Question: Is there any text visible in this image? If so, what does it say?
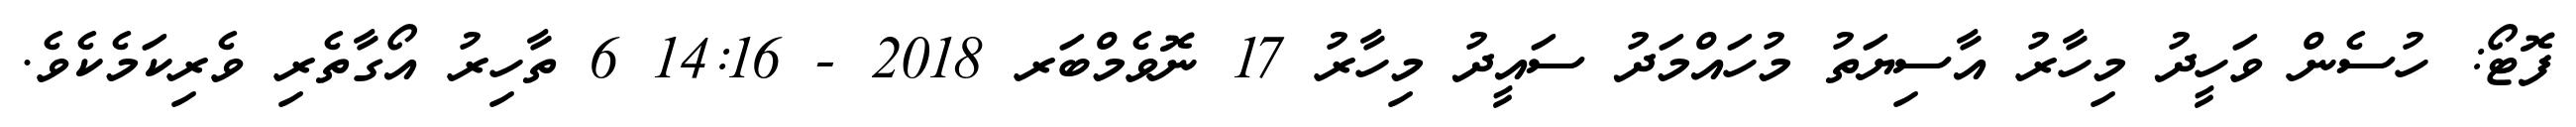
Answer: ފޮޓޯ: ހުސެން ވަހީދު މިހާރު އާސިޔަތު މުހައްމަދު ސައީދު މިހާރު 17 ނޮވެމްބަރ 2018 - 14:16 6 ތާހިރު އޯގާތެރި ވެރިކަމެކެވެ.